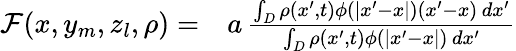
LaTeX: \begin{array}{rl}{\mathcal F(x,y_{m},z_{l},\rho)=}&{{}a\, \frac{\int_{D}\rho(x^{\prime},t)\phi(|x^{\prime}-x|)(x^{\prime}-x)\, dx^{\prime}}{\int_{D}\rho(x^{\prime},t)\phi(|x^{\prime}-x|)\, dx^{\prime}}}\end{array}